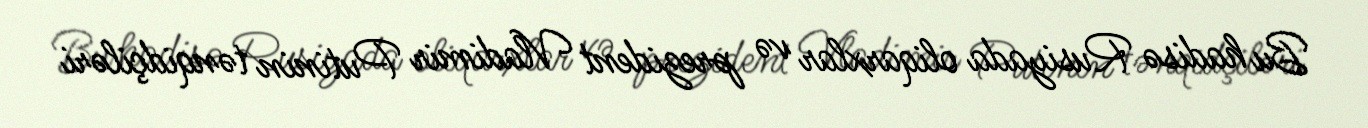
Bu hadisə Rusiyada oliqarxlar və prezident Vladimir Putinin tənqidçiləri